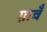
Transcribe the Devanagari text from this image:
ग़ावँ